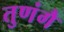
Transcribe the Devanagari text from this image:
तुणंगै